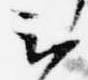
云